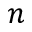
n